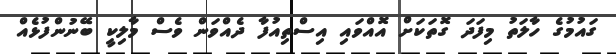
ގައުމުގެ ހާލަތު މިފަދަ ގޮތަކަށް އޮއްވައި އިސްތިއުފާ ދެއްވަން ވެސް މާލިކީ ބޭނުންފުޅެއް